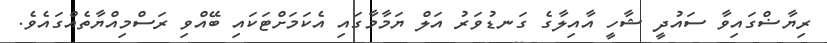
ރިޔާޟްގައިވާ ސައުދީ ޝާހީ އާއިލާގެ ގަނޑުވަރު އަލް ޔަމާމާގައި އެކަމަށްޓަކައި ބޭއްވި ރަސްމިއްޔާތެއްގައެވެ.